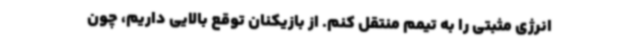
انرژی مثبتی را به تیمم منتقل کنم. از بازیکنان توقع بالایی داریم، چون